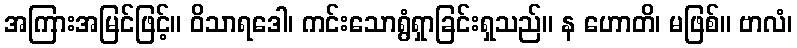
အကြားအမြင်ဖြင့်။ ဝိသာရဒေါ၊ ကင်းသောရွံရှာခြင်းရှသည်။ န ဟောတိ၊ မဖြစ်။ ဗာလံ၊